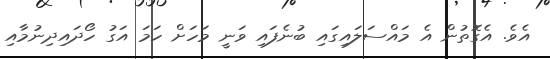
އެވެ. އެގޮތުން އެ މައްސަލައިގައި ބުނެފައި ވަނީ މަހަށް ހަމަ އަގު ހޯދައިދިނުމާއި